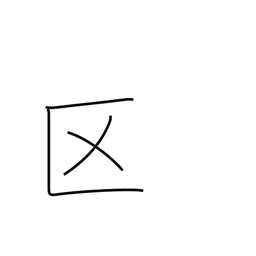
Meaning: ward